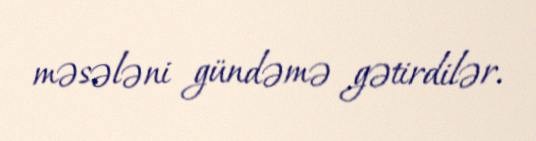
məsələni gündəmə gətirdilər.